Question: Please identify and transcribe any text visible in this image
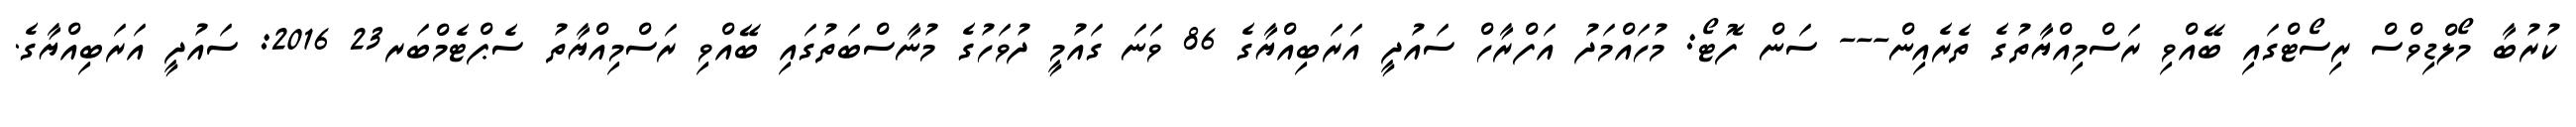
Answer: ކުރުބާ މޯލްޑިވްސް ރިސޯޓްގައި ބޭއްވި ރަސްމިއްޔާތުގެ ތެރެއިން--- ސަން ފޮޓޯ: މުހައްމަދު އަފްރާހް ސައުދީ އަރަބިއްޔާގެ 86 ވަނަ ގައުމީ ދުވަހުގެ މުނާސްބަތުގައި ބޭއްވި ރަސްމިއްޔާތު ސެޕްޓެމްބަރ23 2016: ސައުދީ އަރަބިއްޔާގެ.